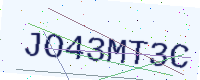
Text: JO43MT3C